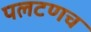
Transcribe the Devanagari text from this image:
पलटणच